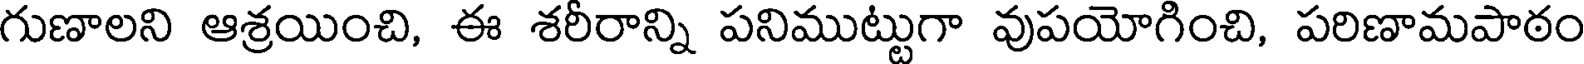
గుణాలని ఆశ్రయించి, ఈ శరీరాన్ని పనిముట్టుగా వుపయోగించి, పరిణామపాఠం